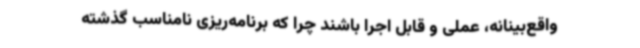
واقع‌بینانه، عملی و قابل اجرا باشند چرا که برنامه‌ریزی نامناسب گذشته